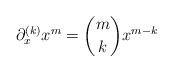
\begin{align*} \partial_x^{(k)}x^m=\binom{m}{k}x^{m-k}\end{align*}